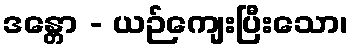
ဒန္တော - ယဉ်ကျေးပြီးသော၊